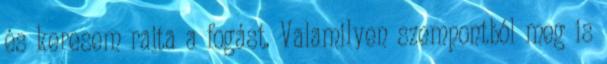
és keresem rajta a fogást. Valamilyen szempontból meg is